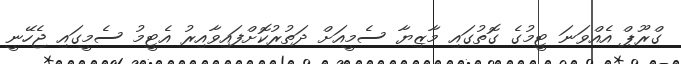
ގްރޫޕް އެއްވަނަ ޓީމުގެ ގޮތުގައި މާޒިޔާ ސެމީއަށް ދަތުރުކޮށްފައިވާއިރު އެޓީމު ސެމީގައި ޖެހޭނީ